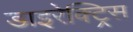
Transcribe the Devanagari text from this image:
डाइरेक्ट्रिस